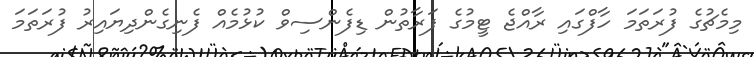
މިމެޗުގެ ފުރަތަމަ ހާފްގައި ރާއްޖެ ޓީމުގެ ފަރާތުން ޑިފެންސިވް ކުޅުމެއް ފެނިގެންދިޔައިރު ފުރަތަމަ